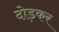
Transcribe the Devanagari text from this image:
दोड़कर